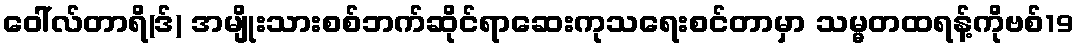
ဝေါ်လ်တာရိ(ဒ်) အမျိုးသားစစ်ဘက်ဆိုင်ရာဆေးကုသရေးစင်တာမှာ သမ္မတထရန့်ကိုဗစ်19